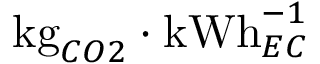
\mathrm { k g } _ { C O 2 } \cdot \mathrm { k W h } _ { E C } ^ { - 1 }